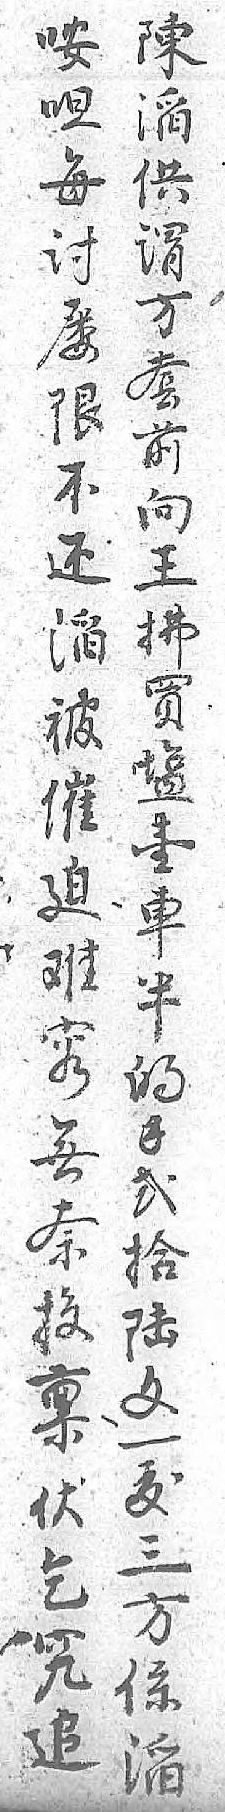
咹陳呾㴞每供讨谓屡方限套不前还向㴞王被拂催買迫𥂁难壹容車無半奈的投錢禀弍伏拾乞陆究文追一 犮 三 方 係 㴞